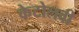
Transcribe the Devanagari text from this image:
केटोलवी